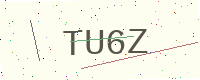
Text: TU6Z